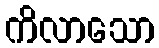
ကိလာသော